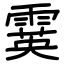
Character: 霙